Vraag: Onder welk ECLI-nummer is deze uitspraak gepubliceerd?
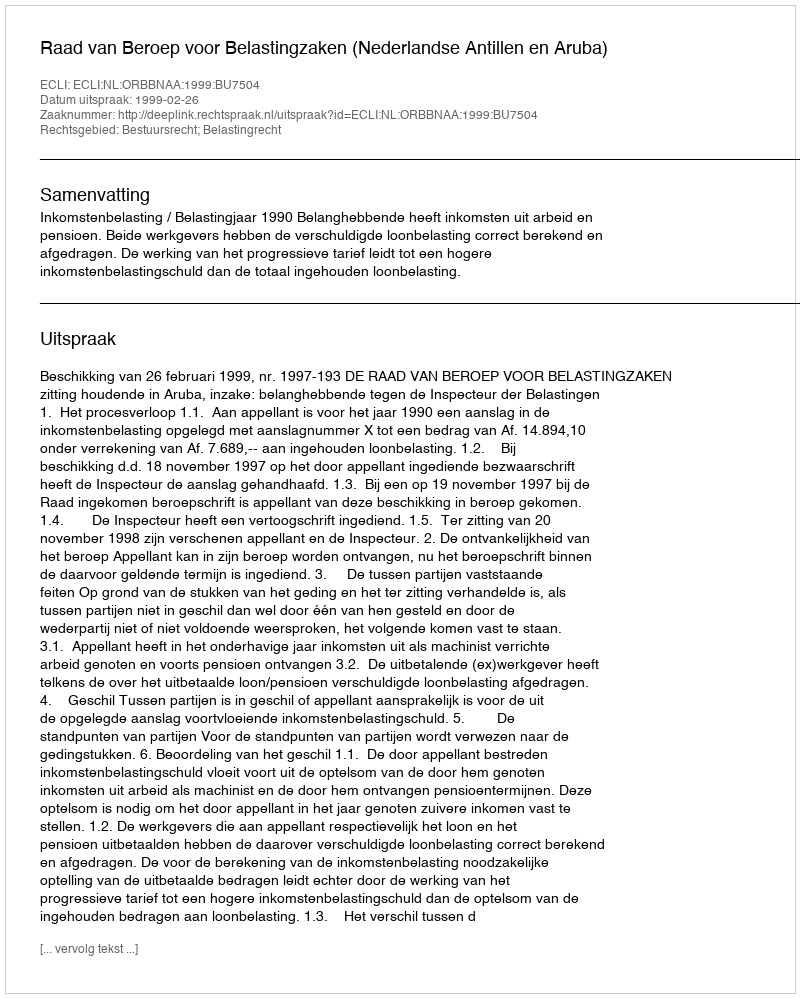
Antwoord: ECLI:NL:ORBBNAA:1999:BU7504